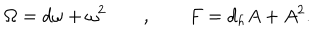
\Omega = d \omega + \omega ^ { 2 } \quad \quad , \quad \quad F = d _ { h } A + A ^ { 2 } .